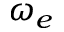
\omega _ { e }